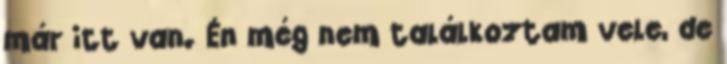
már itt van. Én még nem találkoztam vele, de